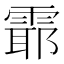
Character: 𲉻